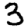
Digit: 3